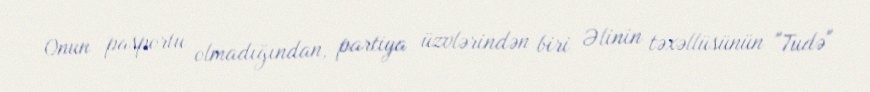
Onun pasportu olmadığından, partiya üzvlərindən biri Əlinin təxəllüsünün "Tudə"